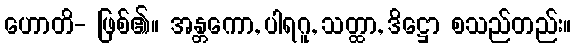
ဟောတိ- ဖြစ်၏။ အန္တကော, ပါရဂူ, သတ္ထာ, ဒိဋ္ဌော စသည်တည်း။